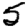
Digit: 5